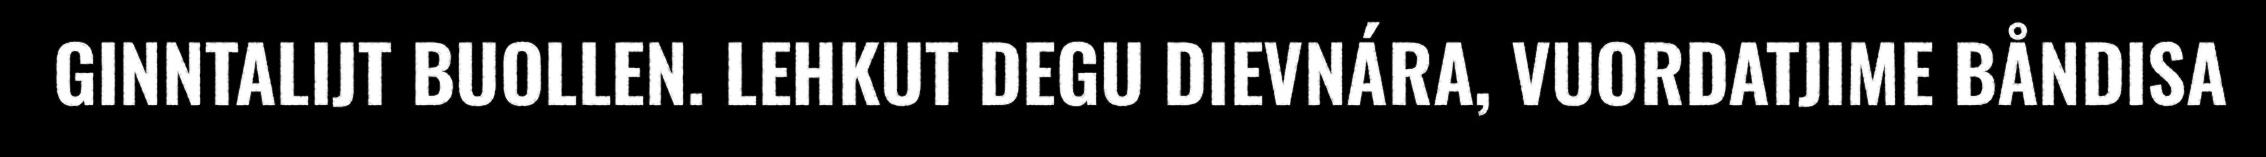
GINNTALIJT BUOLLEN. LEHKUT DEGU DIEVNÁRA, VUORDATJIME BÅNDISA